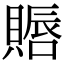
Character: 䞅